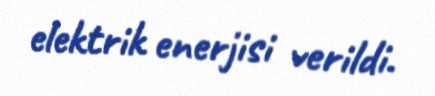
elektrik enerjisi verildi.